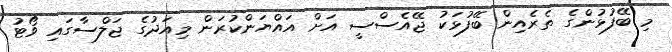
މި ބޭފުޅުންގެ ތެރެއިން ބޭފުޅަކު ޖޭއެސްސީ އަށް އައްޔަންކުރަން މިއަދުގެ ޖަލްސާގައި ވޯޓު